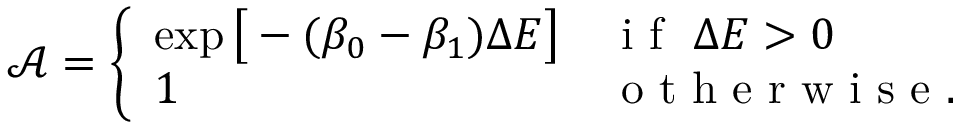
\mathcal { A } = \left\{ \begin{array} { l l } { \exp \big [ - ( \beta _ { 0 } - \beta _ { 1 } ) \Delta E \big ] } & { \mathrm { ~ i ~ f ~ } \ \Delta E > 0 } \\ { 1 } & { \mathrm { ~ o ~ t ~ h ~ e ~ r ~ w ~ i ~ s ~ e ~ } . } \end{array} \right.